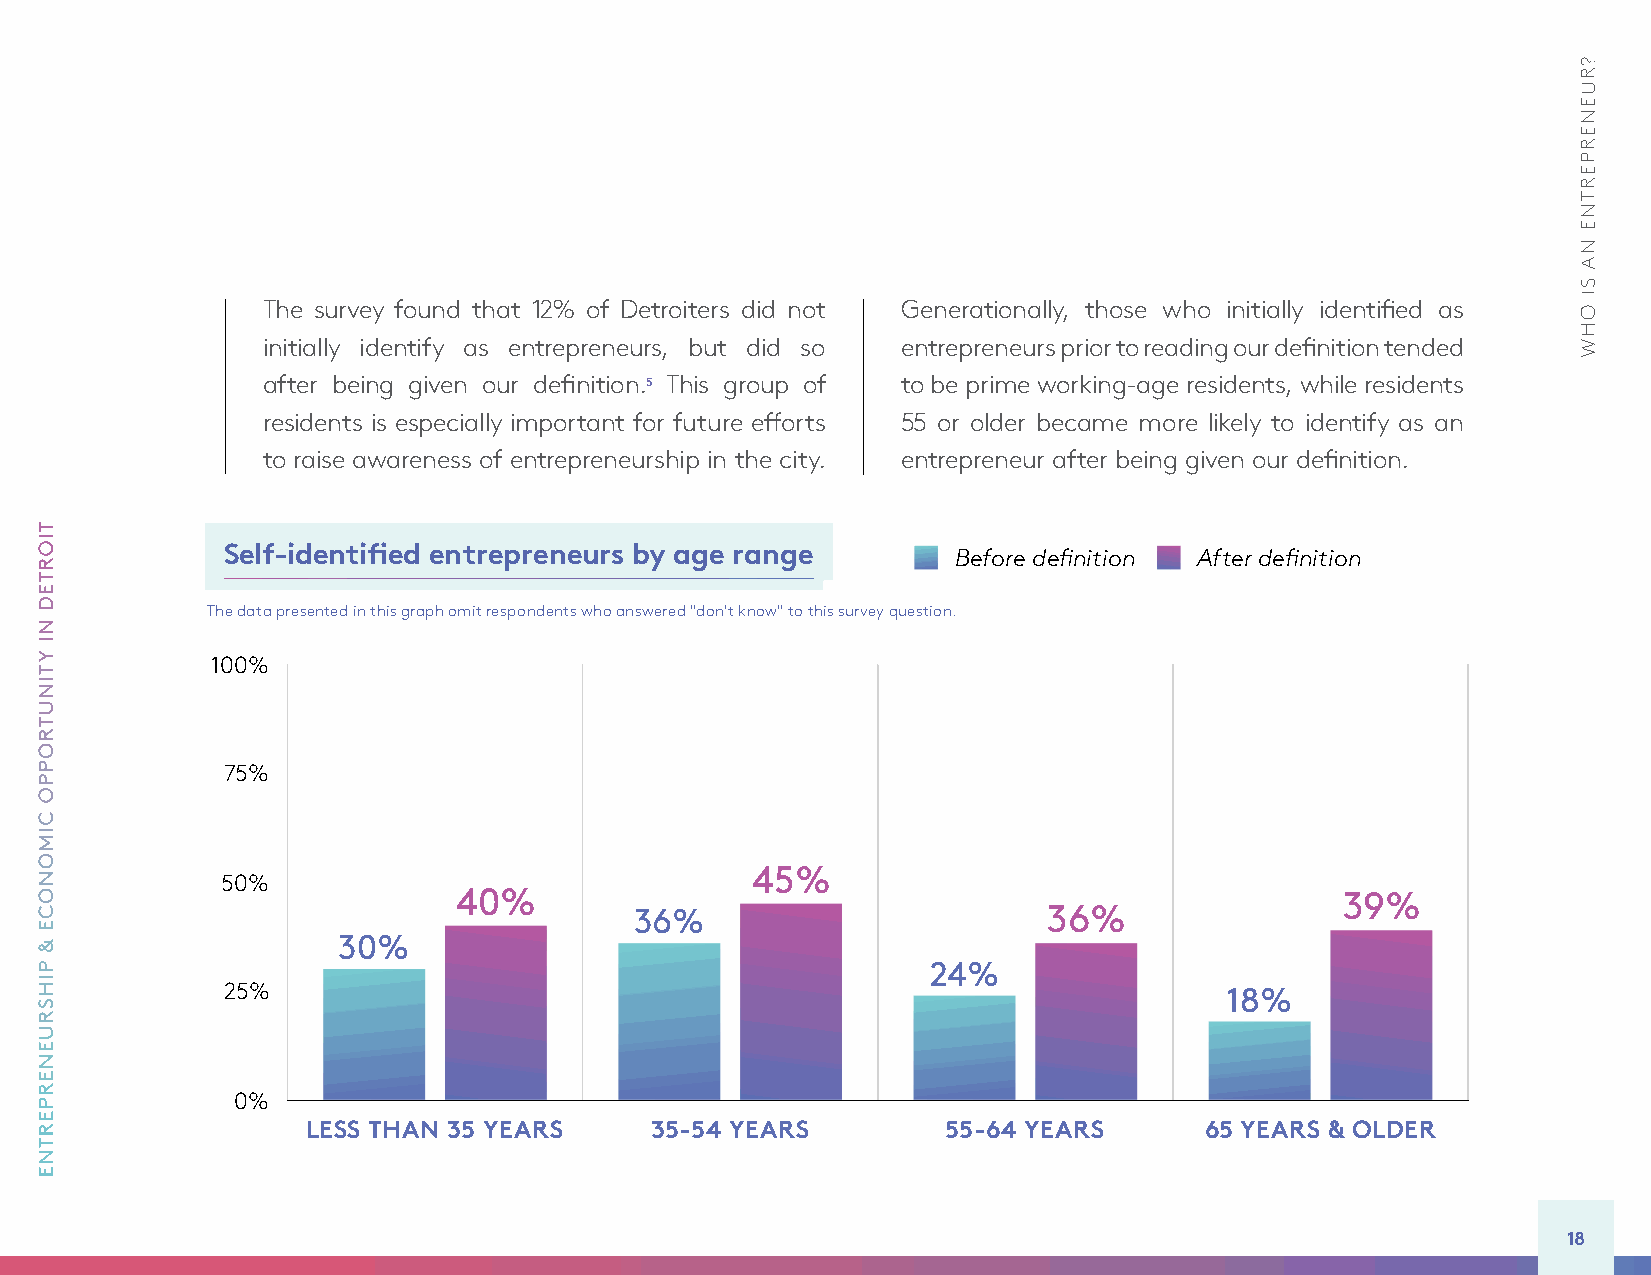
The survey found that 12% of Detroiters did not Generationally, those who initially identified as
 initially identify as entrepreneurs, but did so entrepreneurs prior to reading our definition tended
 after being given our definition.5 This group of to be prime working-age residents, while residents
 residents is especially important for future efforts 55 or older became more likely to identify as an
 to raise awareness of entrepreneurship in the city. entrepreneur after being given our definition.
 Self-identified entrepreneurs by age range      Before definition After definition
 100%
 The data presented in this graph omit respondents who answered "don't know" to this survey question.
 Before definition After definition
 100%
 75%
 75%
 45%
 50%
 40%                                                       39%
 36%                        36%
 50%       30%                      45%
 40%                               24%                      39%
 36%                        36%
 25%                                                                18%
 30%
 24%
 25%                                                               18%
 0%
 LESS THAN 35 YEARS     35-54 YEARS        55-64 YEARS      65 YEARS & OLDER
 0%
 LESS THAN 35 YEARS     35-54 YEARS         55-64 YEARS      65 YEARS & OLDER
 18
 TIORTED
 NI
 YTINUTROPPO
 CIMONOCE
 &
 PIHSRUENERPERTNE
 ?RUENERPERTNE
 NA
 SI
 OHW